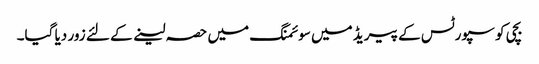
بچی کو سپورٹس کے پیریڈ میں سوئمنگ میں حصہ لینے کے لئے زور دیا گیا۔